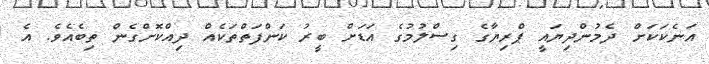
އަނެކަކަށް ދެމުންދިޔައީ ޕްރިޔާގެ ގިސްލުމުގެ އަޑަށް ބީރު ކަންފަތްތަކެއް ދިއްކޮށްގެން ތިބެއެވެ. އެ